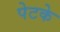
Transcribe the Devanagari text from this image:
पेटके